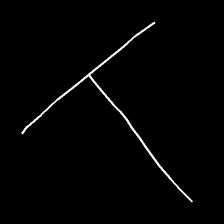
Glyph: column